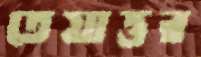
তেয়াত্তর